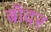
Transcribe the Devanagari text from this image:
बॉदर